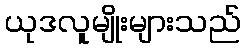
ယုဒလူမျိုးများသည်